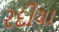
રદીયા